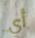
أي